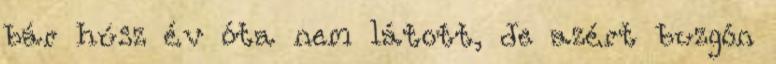
bár húsz év óta nem látott, de azért buzgón